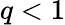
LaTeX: q<1